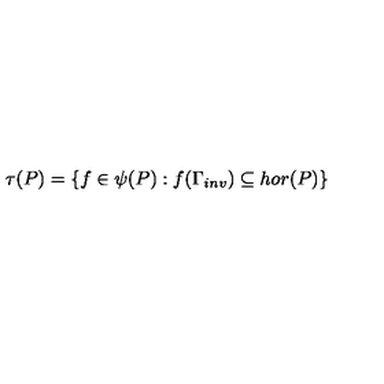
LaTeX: \tau ( P ) = \{ f \in \psi ( P ) : f ( \Gamma _ { i n v } ) \subseteq h o r ( P ) \}